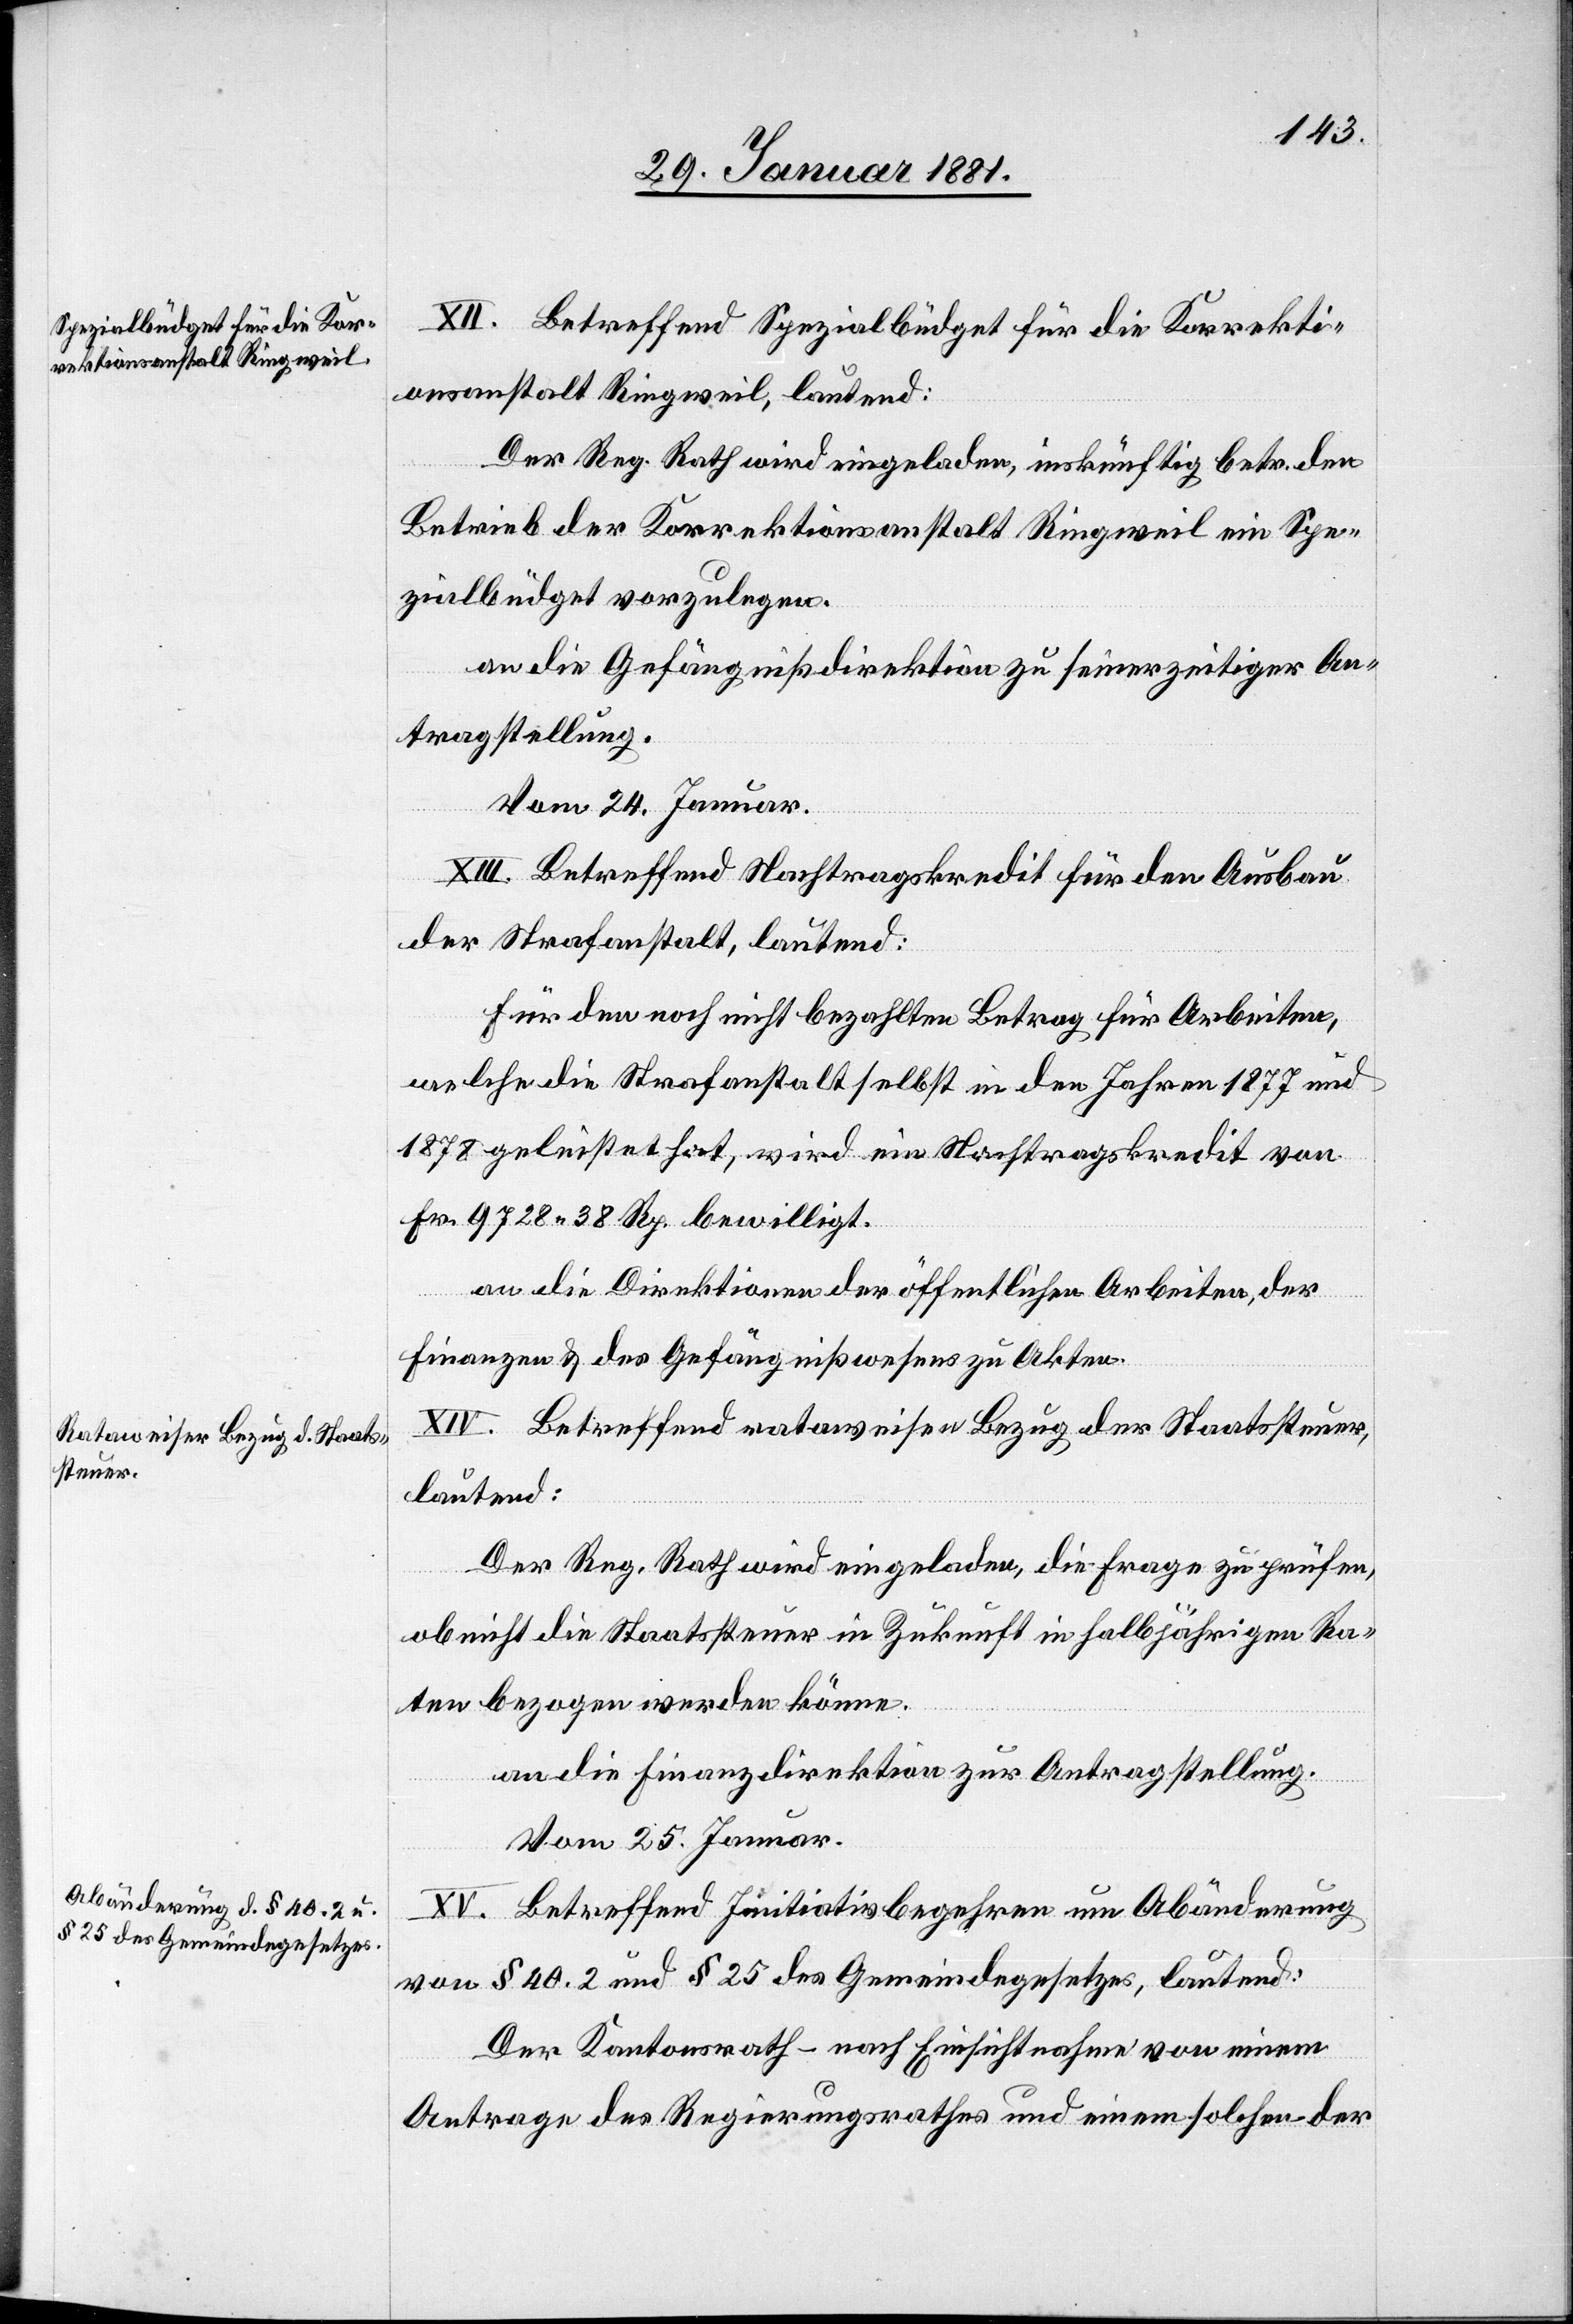
XII. Betreffend Spezialbüdget für die Korrekti¬
onsanstalt Ringweil, lautend:
Der Reg. Rath wird eingeladen, inskünftig betr. den
Betrieb der Korrektionsanstalt Ringweil ein Spe¬
zialbüdget vorzulegen.
an die Gefängnißdirektion zu seiner zeitiger An¬
tragstellung.
[Vom 24. Januar.]
XIII. Betreffend Nachtragskredit für den Ausbau
der Strafanstalt, lautend:
Für den noch nicht bezahlten Betrag für Arbeiten,
welche die Strafanstalt selbst in den Jahren 1877 und
1878 geleistet hat, wir ein Nachtragskredit von
Fr. 9728 38 Rp. bewilligt.
an die Direktionen der öffentlichen Arbeiten, der
Finanzen & des Gefängnißwesens zu Akten.
XIV. Betreffend rataweiser Bezug der Staatssteuer,
lautend:
Der Reg. Rath wird eingeladen, die Frage zu prüfen,
ob nicht die Staatssteuer in Zukunft in halbjährigen Ra¬
ten bezogen werden könne.
an die Finanzdirektion zur Antragstellung.
Vom 25. Januar.
XV. Betreffend Initiativbegehren um Abänderung
von § 40.2 und § 25 des Gemeindegesetzes, lautend:
Der Kantonsrath – nach Einsichtnahme von einem
Antrage des Regierungsrathes und einem solchen der